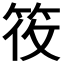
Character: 𬔼